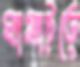
ঘামাইতে